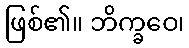
ဖြစ်၏။ ဘိက္ခဝေ၊